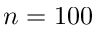
n = 1 0 0